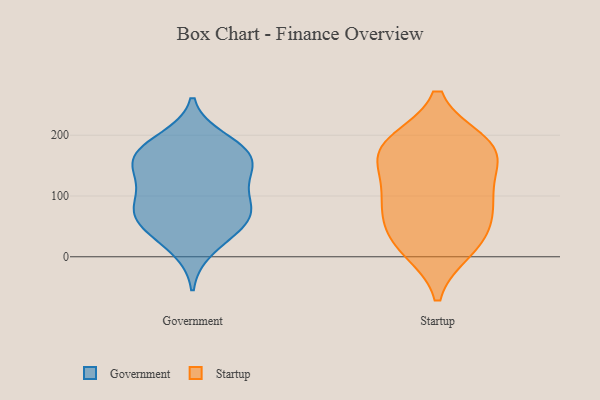
{"axis": {"x": "Customer Acquisition Cost (USD)", "y": "Value"}, "legend": ["Government", "Startup"], "data": [{"x": "", "y": 169, "type": "Government"}, {"x": "", "y": 140, "type": "Government"}, {"x": "", "y": 66, "type": "Government"}, {"x": "", "y": 67, "type": "Government"}, {"x": "", "y": 13, "type": "Government"}, {"x": "", "y": 51, "type": "Government"}, {"x": "", "y": 178, "type": "Government"}, {"x": "", "y": 123, "type": "Government"}, {"x": "", "y": 80, "type": "Government"}, {"x": "", "y": 193, "type": "Government"}, {"x": "", "y": 42, "type": "Government"}, {"x": "", "y": 82, "type": "Government"}, {"x": "", "y": 158, "type": "Government"}, {"x": "", "y": 146, "type": "Government"}, {"x": "", "y": 173, "type": "Government"}, {"x": "", "y": 100, "type": "Government"}, {"x": "", "y": 29, "type": "Startup"}, {"x": "", "y": 75, "type": "Startup"}, {"x": "", "y": 156, "type": "Startup"}, {"x": "", "y": 174, "type": "Startup"}, {"x": "", "y": 95, "type": "Startup"}, {"x": "", "y": 13, "type": "Startup"}, {"x": "", "y": 176, "type": "Startup"}, {"x": "", "y": 115, "type": "Startup"}, {"x": "", "y": 79, "type": "Startup"}, {"x": "", "y": 25, "type": "Startup"}, {"x": "", "y": 184, "type": "Startup"}, {"x": "", "y": 187, "type": "Startup"}]}